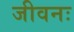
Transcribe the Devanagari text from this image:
जीवनः